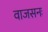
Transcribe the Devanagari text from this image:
वाजसनः